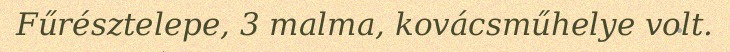
Fűrésztelepe, 3 malma, kovácsműhelye volt.